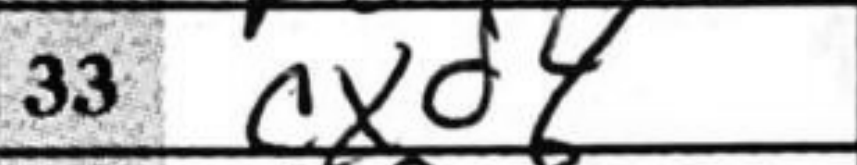
Transcription: cxd4